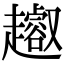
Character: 𧾝